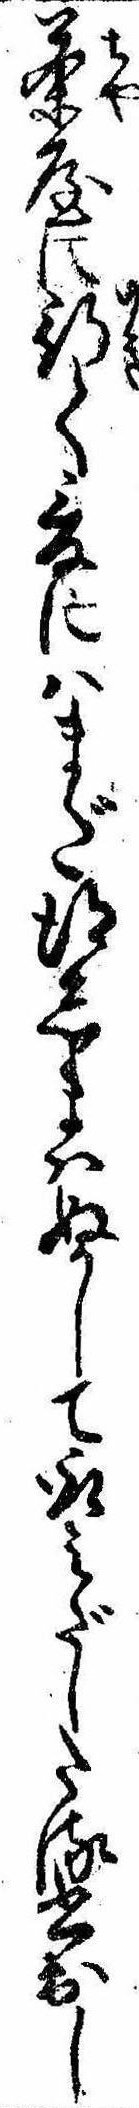
茶屋に行て爰にはまだ得しまはぬかして取みだしたる書出し